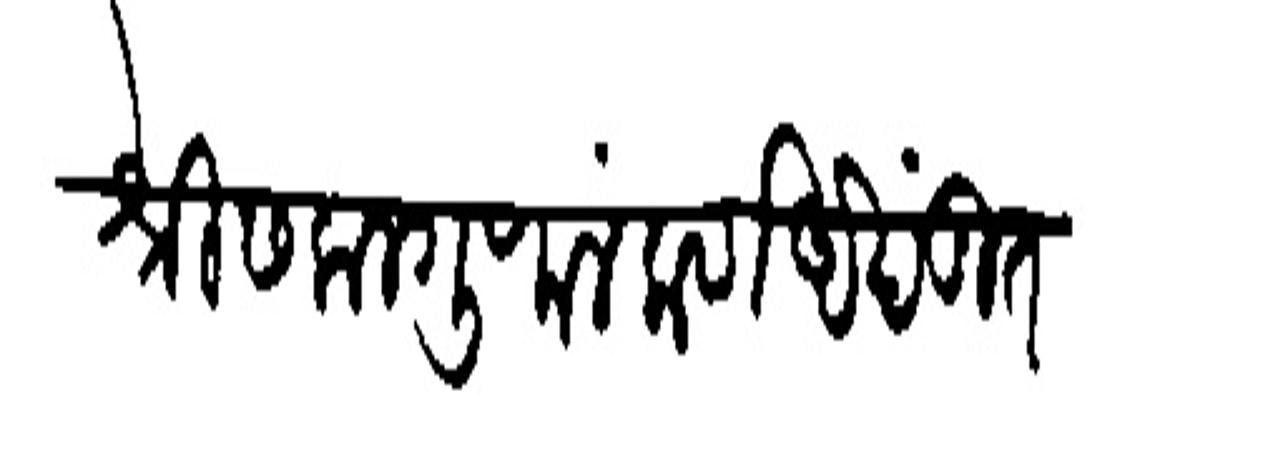
Transliteration (Devanagari): श्रीसकलगुणालंकर्णअखंडित